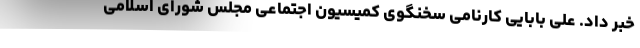
خبر داد. علی بابایی کارنامی سخنگوی کمیسیون اجتماعی مجلس شورای اسلامی